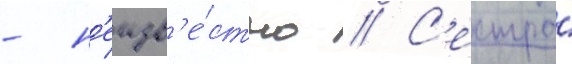
- н'еизв'е́стно // С'естра́